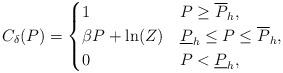
LaTeX: \begin{align*}C_{\delta}(P) = \begin{cases}1& P\ge \overline{P}_h,\\ \beta P+\ln(Z)& \underline{P}_h\le P\le \overline{P}_h,\\0& P< \underline{P}_h,\end{cases} \end{align*}